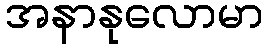
အနာနုလောမာ